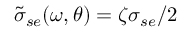
\tilde { \sigma } _ { s e } ( \omega , \theta ) = \zeta \sigma _ { s e } / 2